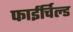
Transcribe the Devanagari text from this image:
फाईर्चिल्ड